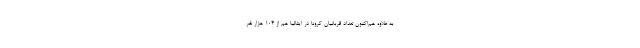
به علاوه هم‌اکنون تعداد قربانیان کرونا در ایتالیا هم از ۱۰۴ هزار نفر